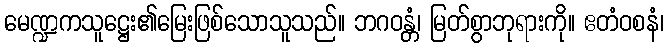
မေဏ္ဍကသူဋ္ဌေး၏မြေးဖြစ်သောသူသည်။ ဘဂဝန္တံ၊ မြတ်စွာဘုရားကို။ ဧတံဝစနံ၊